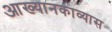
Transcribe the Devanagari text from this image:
आख्यानकाव्यास